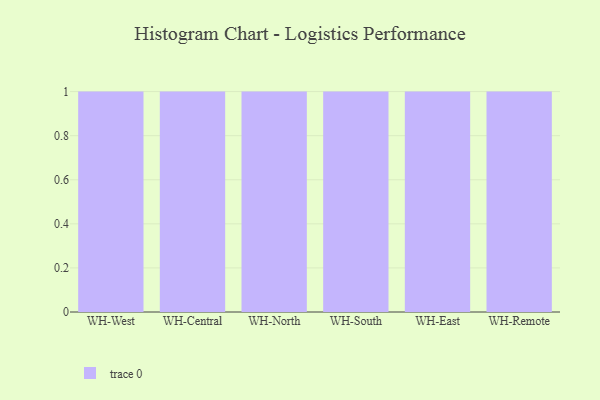
{"axis": {"x": "Warehouse", "y": "Budget (USD K)"}, "legend": [""], "data": [{"x": "WH-West", "y": 56, "type": ""}, {"x": "WH-Central", "y": 52, "type": ""}, {"x": "WH-North", "y": 39, "type": ""}, {"x": "WH-South", "y": 14, "type": ""}, {"x": "WH-East", "y": 99, "type": ""}, {"x": "WH-Remote", "y": 48, "type": ""}]}